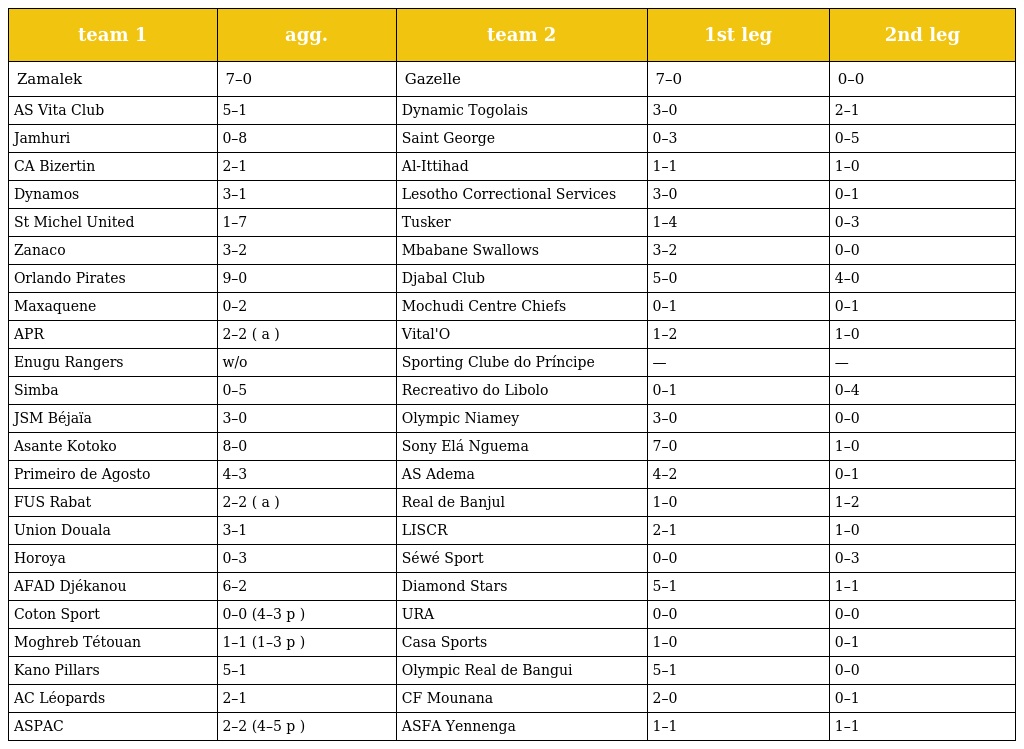
| team 1 | agg. | team 2 | 1st leg | 2nd leg |
 | --- | --- | --- | --- | --- |
 | Zamalek | 7–0 | Gazelle | 7–0 | 0–0 |
 | AS Vita Club | 5–1 | Dynamic Togolais | 3–0 | 2–1 |
 | Jamhuri | 0–8 | Saint George | 0–3 | 0–5 |
 | CA Bizertin | 2–1 | Al-Ittihad | 1–1 | 1–0 |
 | Dynamos | 3–1 | Lesotho Correctional Services | 3–0 | 0–1 |
 | St Michel United | 1–7 | Tusker | 1–4 | 0–3 |
 | Zanaco | 3–2 | Mbabane Swallows | 3–2 | 0–0 |
 | Orlando Pirates | 9–0 | Djabal Club | 5–0 | 4–0 |
 | Maxaquene | 0–2 | Mochudi Centre Chiefs | 0–1 | 0–1 |
 | APR | 2–2 ( a ) | Vital'O | 1–2 | 1–0 |
 | Enugu Rangers | w/o | Sporting Clube do Príncipe | — | — |
 | Simba | 0–5 | Recreativo do Libolo | 0–1 | 0–4 |
 | JSM Béjaïa | 3–0 | Olympic Niamey | 3–0 | 0–0 |
 | Asante Kotoko | 8–0 | Sony Elá Nguema | 7–0 | 1–0 |
 | Primeiro de Agosto | 4–3 | AS Adema | 4–2 | 0–1 |
 | FUS Rabat | 2–2 ( a ) | Real de Banjul | 1–0 | 1–2 |
 | Union Douala | 3–1 | LISCR | 2–1 | 1–0 |
 | Horoya | 0–3 | Séwé Sport | 0–0 | 0–3 |
 | AFAD Djékanou | 6–2 | Diamond Stars | 5–1 | 1–1 |
 | Coton Sport | 0–0 (4–3 p ) | URA | 0–0 | 0–0 |
 | Moghreb Tétouan | 1–1 (1–3 p ) | Casa Sports | 1–0 | 0–1 |
 | Kano Pillars | 5–1 | Olympic Real de Bangui | 5–1 | 0–0 |
 | AC Léopards | 2–1 | CF Mounana | 2–0 | 0–1 |
 | ASPAC | 2–2 (4–5 p ) | ASFA Yennenga | 1–1 | 1–1 |